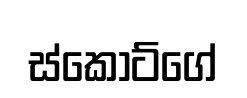
ස්කොට්ගේ